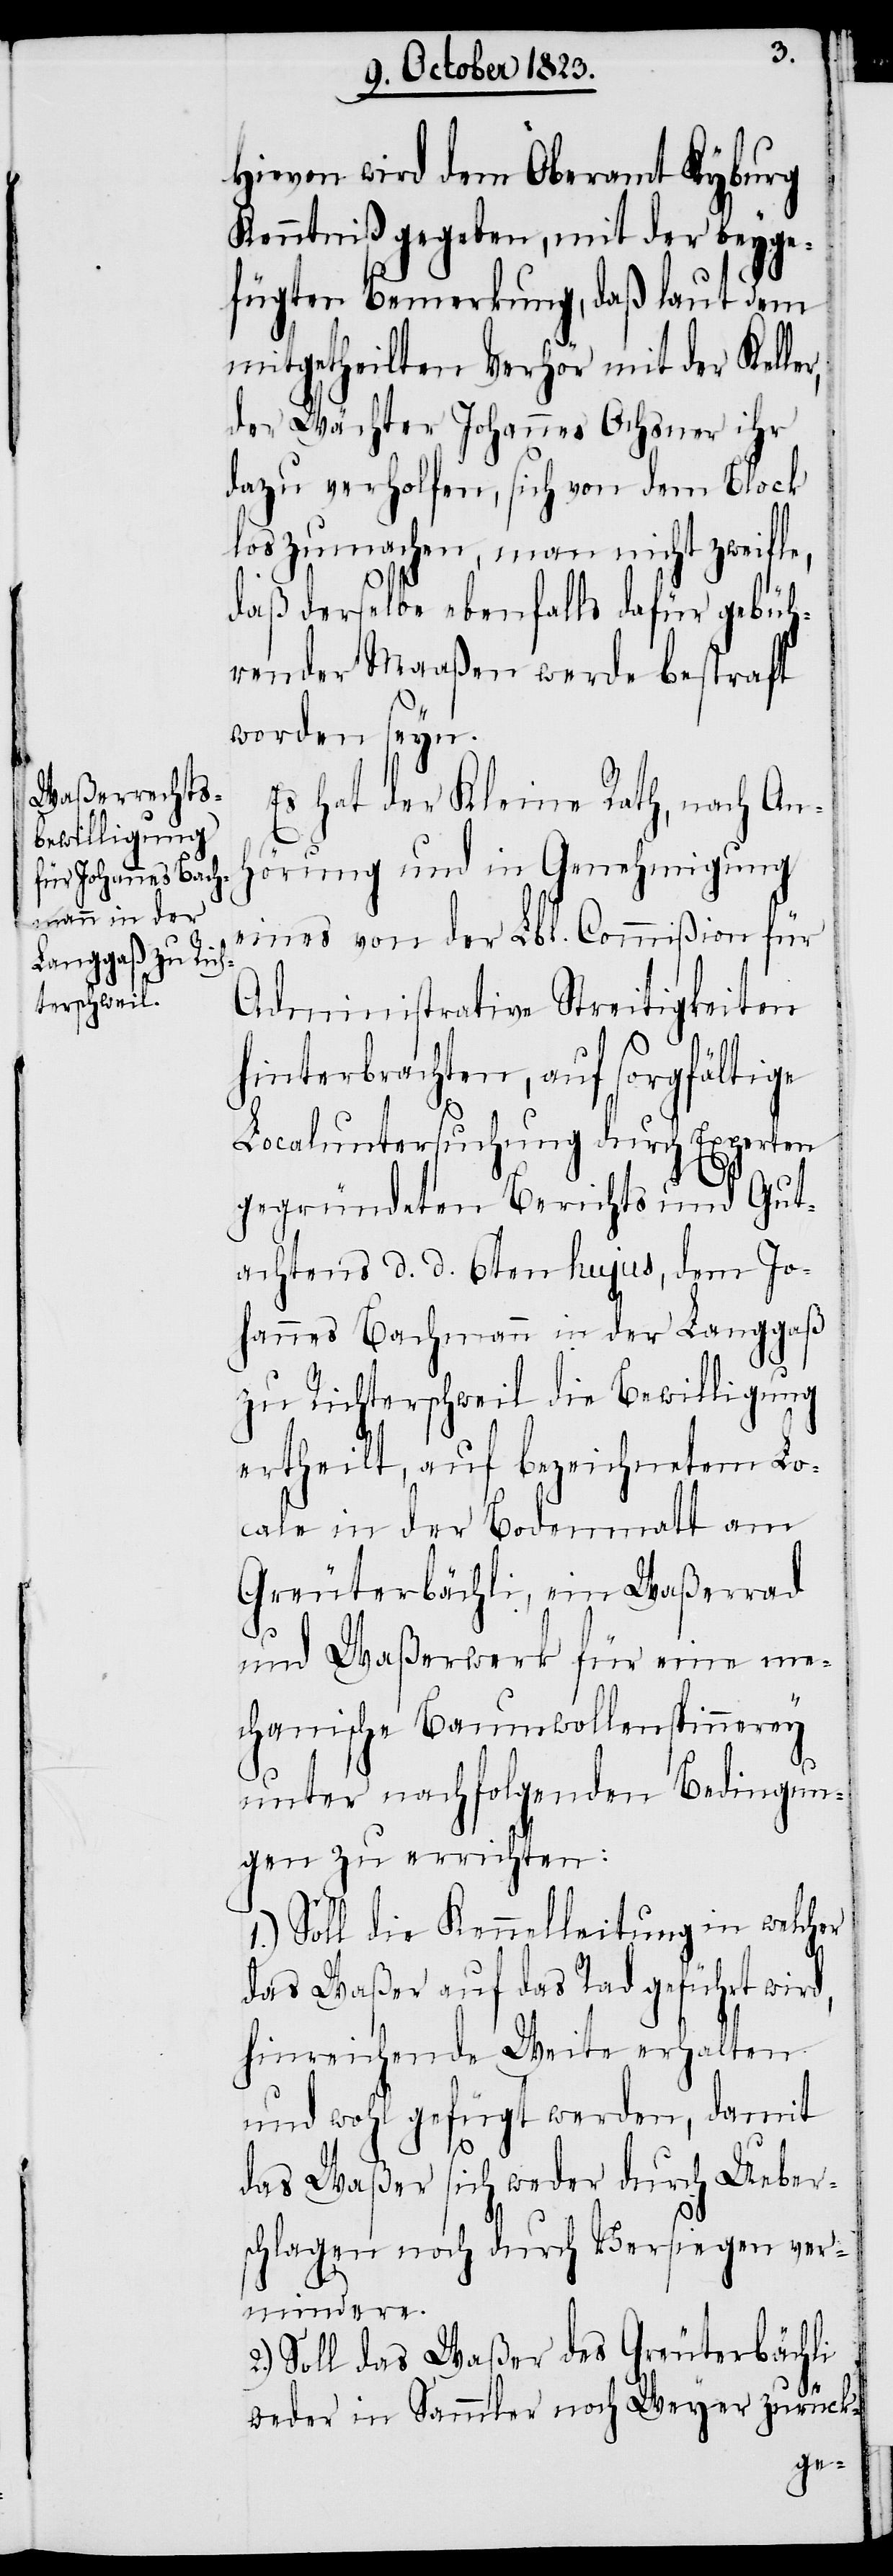
r,
Hievon wird dem Oberamt Kyburg
Kenntniß gegeben, mit der beyge¬
fügten Bemerkung, daß laut dem
mitgetheilten Verhör mit der Kelle¬
der Wächter Johannes Ochsner ihr
dazu verholfen, sich von dem Block
loszumachen, man nicht zweifle,
daß derselbe ebenfalls dafür gebüh¬
render Maaßen werde bestraft
worden seyn.
Es hat der Kleine Rath, nach An¬
hörung und in Genehmigung
eines von der Lbl. Commißion für
Administrative Streitigkeiten
hinterbrachten, auf sorgfältige
Localuntersuchung durch Experten
gegründeten Berichts und Gut¬
achtens d. d. 6ten hujus, dem Jo¬
hannes Bachmann in der Langgaß
zu Richterschweil die Bewilligung
ertheilt, auf bezeichnetem Lo¬
cale in der Bodenmatt am
Greuterbächli, ein Waßerrad
und Waßerwerk für eine me¬
chanische Baumwollenspinnerey
unter nachfolgenden Bedingun¬
gen zu errichten:
1.) Soll die Kennelleitung in welcher
das Waßer auf das Rad geführt wird,
hinreichende Weite erhalten
und wohl gefügt werden, damit
das Waßer sich weder durch Ueber¬
schlagen noch durch Versiegen ver¬
mindere.
2.) Soll das Waßer des Greuterbächli
weder in Sammler noch Weyer zurück-